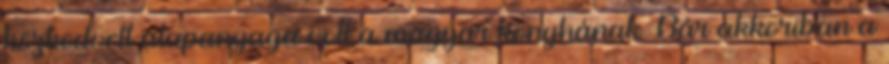
közkedvelt alapanyaga volt a magyar konyhának. Bár akkoriban a